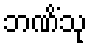
ဘဏိံသု